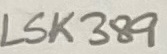
Text: LSK389